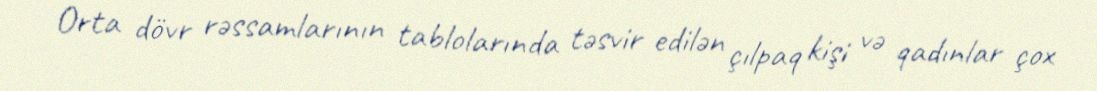
Orta dövr rəssamlarının tablolarında təsvir edilən çılpaq kişi və qadınlar çox